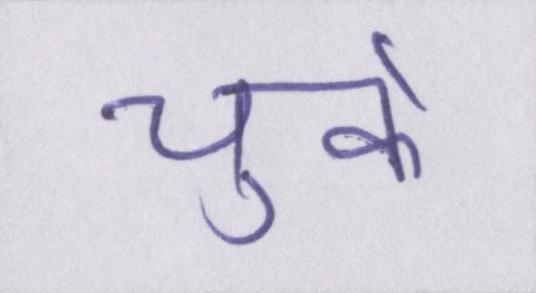
चुके